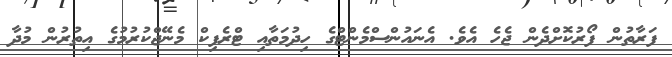
ފަރާތުން ފޯރުކޮށްދެން ޖެހެ އެވެ. އެނައުންސްމެންޓްގެ ހިދުމަތާއި ޓްރެފިކް މެނޭޖްކުރުމުގެ އިތުރުން މުދާ